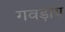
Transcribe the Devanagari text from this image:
गवड़ाय